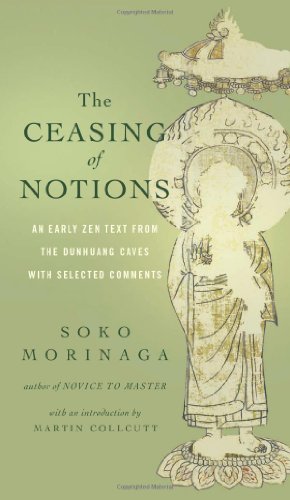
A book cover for The Ceasing of Notions: An Early Zen Text from the Dunhuang Caves with Selected Comments; Religion & Spirituality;